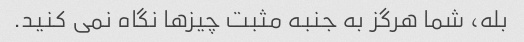
بله، شما هرگز به جنبه مثبت چیزها نگاه نمی کنید.